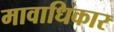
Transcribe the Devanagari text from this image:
मावाधिकार